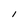
Character: l